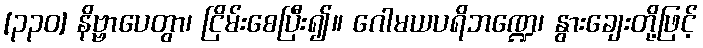
[၃၃၀] နိဗ္ဗာပေတွာ၊ ငြိမ်းစေပြီး၍။ ဂေါမယပရိဘဏ္ဍေ၊ နွားချေးတို့ဖြင့်